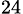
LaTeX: _{24}